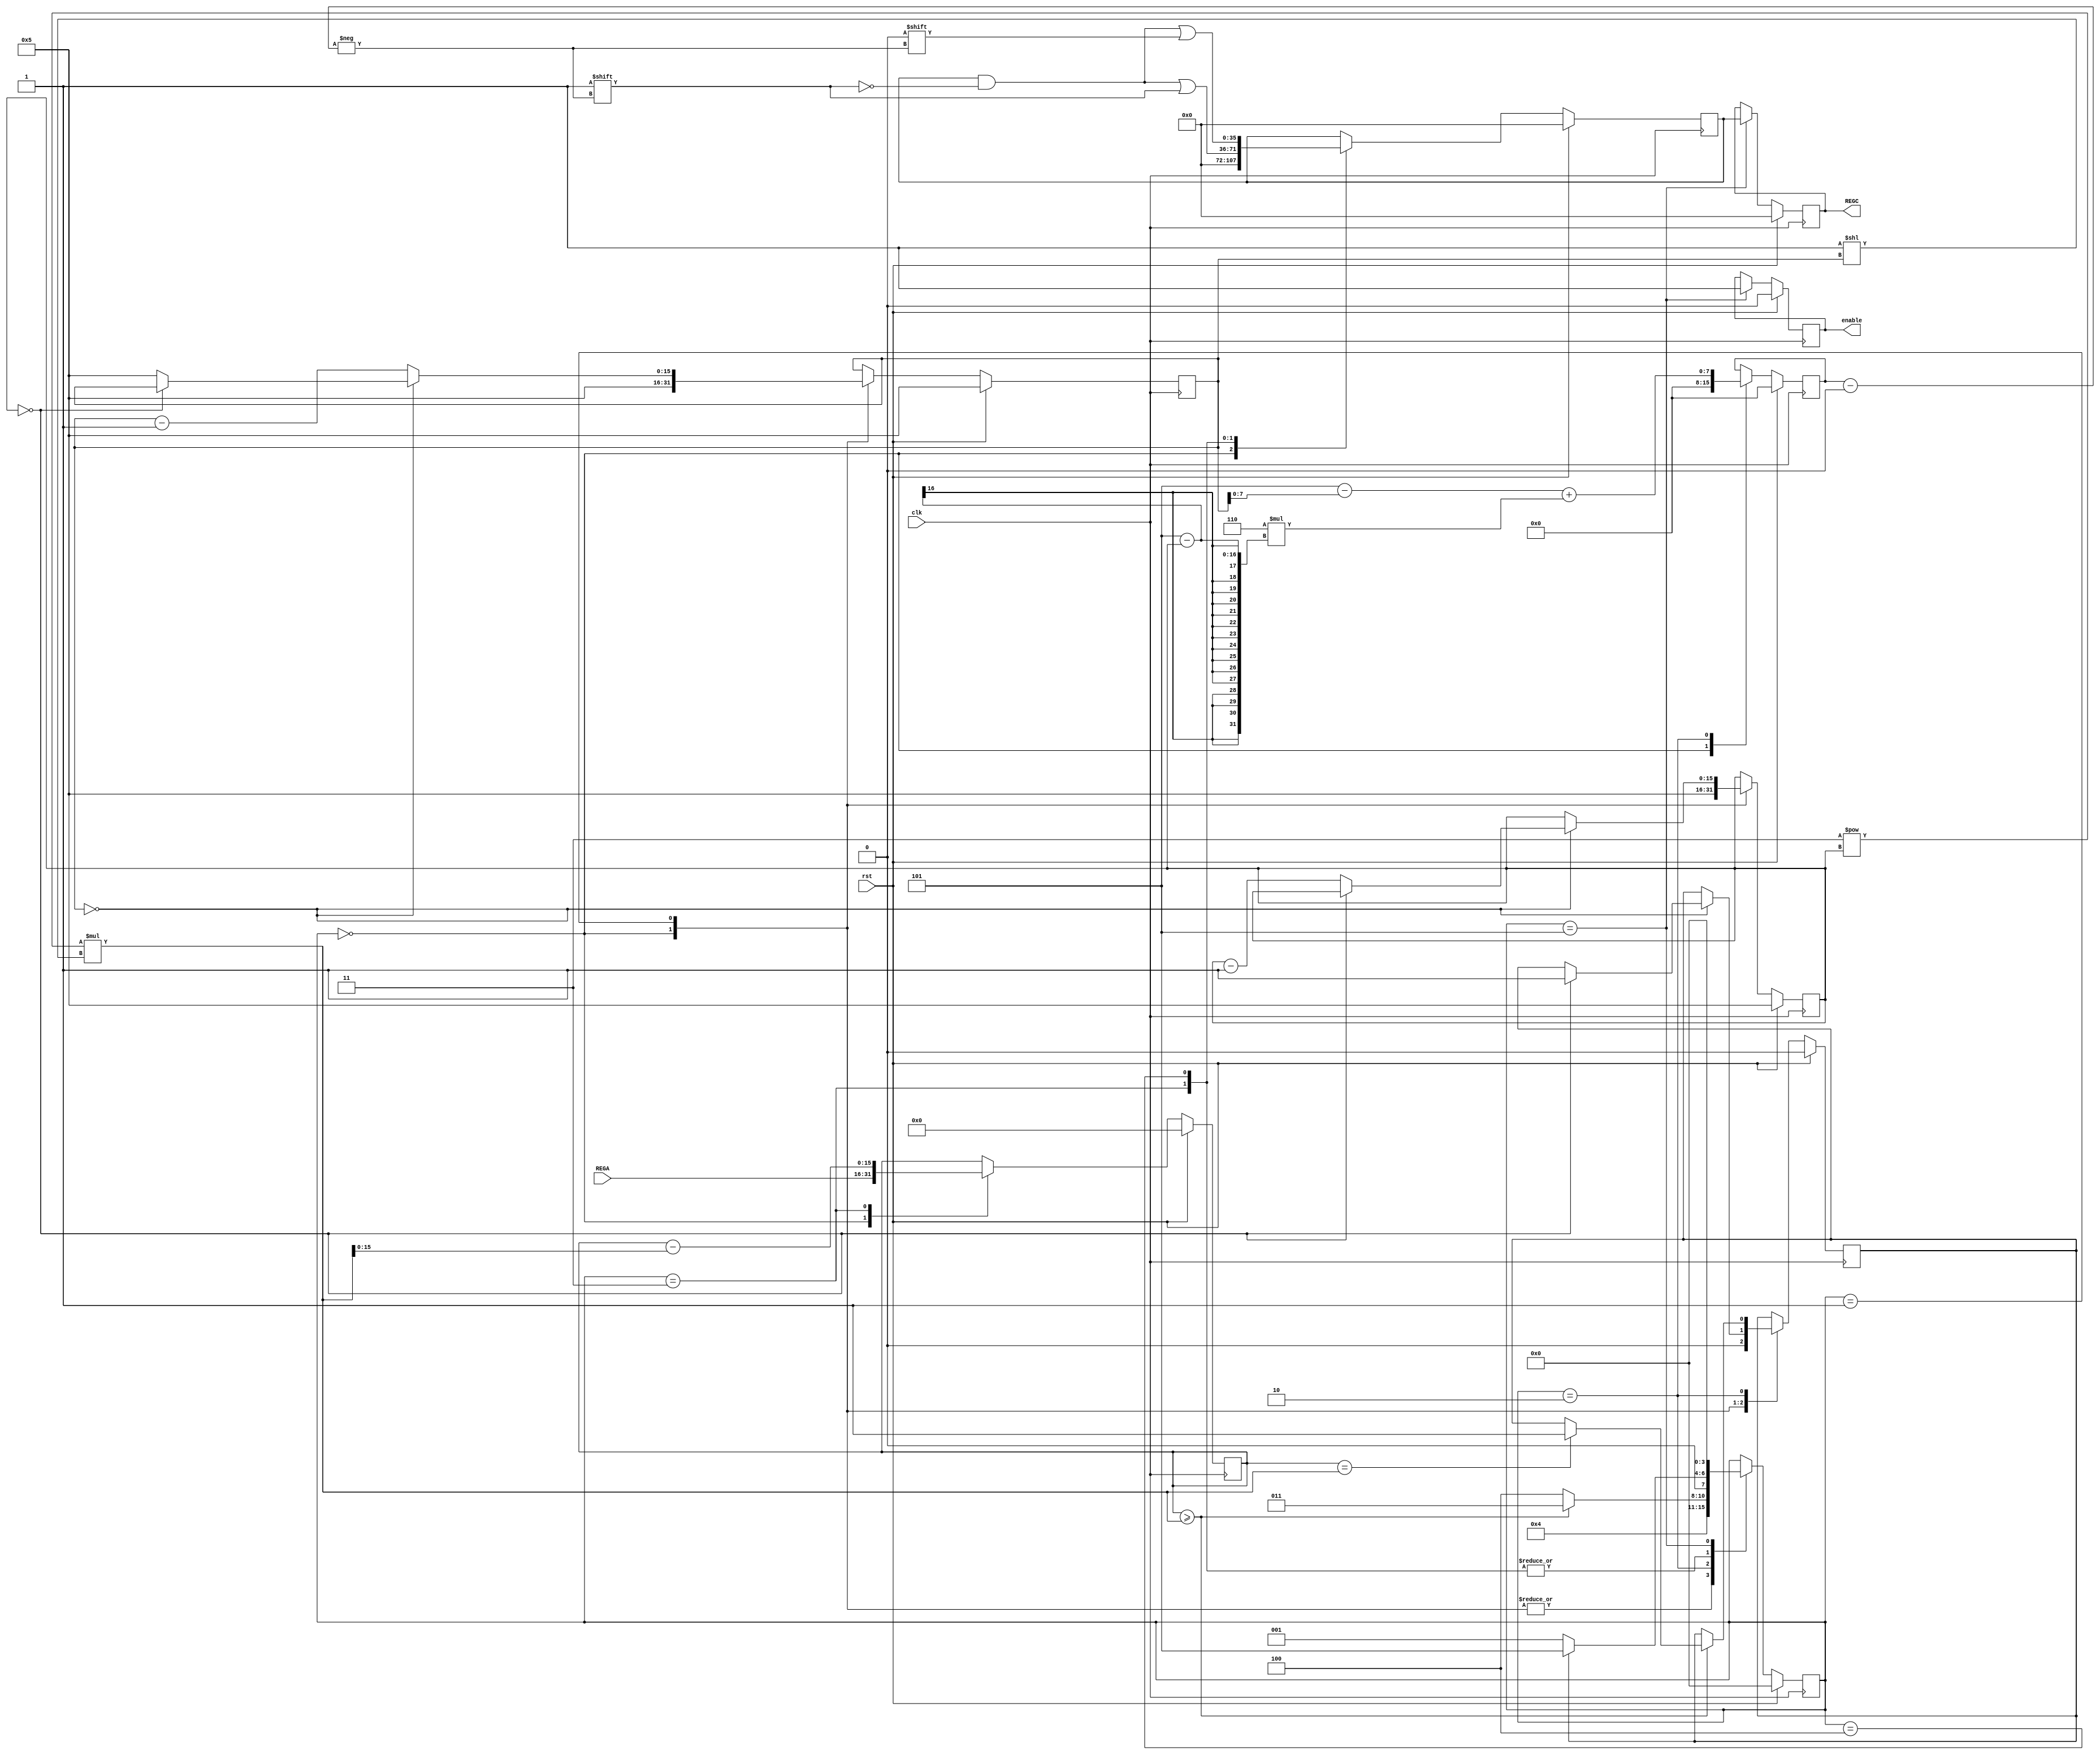
`timescale 1ns/10ps

module DBNS_Converter_new(clk,rst,REGA,REGC,enable);


`define st0  0
`define st1  1
`define st2  2
`define st3  3
`define st4  4
`define st5  5


input        clk,rst;
input [15:0] REGA;    //GPR

output reg [35:0] REGC;
output reg enable;

reg [3:0] REGS;
reg [15:0] diff;
reg [7:0] i;
reg [15:0] ai, bi;
reg [35:0] x;
reg E;

always @ (posedge clk)
  begin
  if(rst)
    begin
    REGC <= 0;
    REGS = 0;
    diff = 0;
    ai = 5;
    bi = 5;
    i = 0;
    x = 0;
	E = 0;
	enable <= 0;
    end //if()
  else
    begin 
	case(REGS)
			`st0: begin ai = 5;
						bi = 5; 
						diff = REGA;
						i = 0 ; 
						x = 0;
						E = 0;
						REGS = `st2; 
						end
			`st1: begin			
			         if(bi == 0 ) begin 
							if (ai == 0 ) begin 
								E = 1; end
						    else begin 
							bi = 5 ; ai = ai - 1; 
					        end 
					 end else begin 
							bi = bi - 1 ;    
							end 
					 REGS = `st2;
				  end
			`st2: begin
					i = (5 - bi) + (6 * (5 - ai ));
					if(diff >= 3**ai * 2**bi) begin 
					     if (diff == 3**ai * 2**bi)begin 
						E = 1; end	
						REGS = `st3;
					end else begin 
							REGS = `st4;
						   end
				  end 
			`st3: begin
					diff = diff - (3**ai * 2**bi) ; 
					x[i] = 1 ; 
					 if (E == 1 ) begin 
					 REGS = `st5;
					 end else begin
				         REGS = `st1;  
					 end 
				  end 
			`st4: begin
					diff = diff ; 
					x[i] = 0 ; 
					if (E == 1) begin 
					REGS = `st5;
					end else begin 
					REGS = `st1;
					end 
				  end 
			`st5: begin
					REGC <= x;
					REGS = `st0;
					enable <= 1;
			      end
	endcase			  		
	end 
 end 
 
endmodule